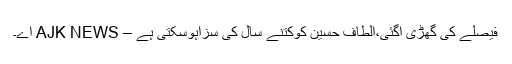
فیصلے کی گھڑی آگئی،الطاف حسین کوکتنے سال کی سزاہوسکتی ہے – AJK NEWS اے۔